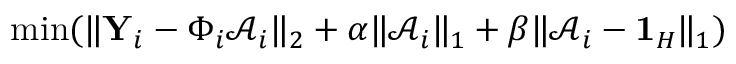
\operatorname* { m i n } ( \| \mathbf { Y } _ { i } - \Phi _ { i } \mathcal { A } _ { i } \| _ { 2 } + \alpha \| \mathcal { A } _ { i } \| _ { 1 } + \beta \| \mathcal { A } _ { i } - \mathbf { 1 } _ { H } \| _ { 1 } )